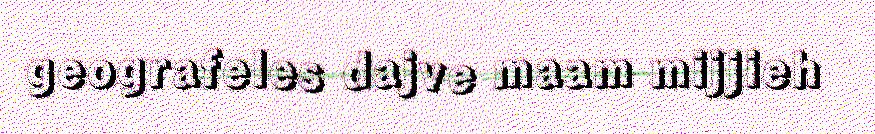
geografeles dajve maam mijjieh